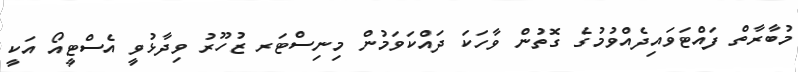
މުބާރާތް ފައްޓަވައިދެއްވުމުގެ ގޮތުން ވާހަކަ ދައްކަވަމުން މިނިސްޓަރ ޒުހޫރު ވިދާޅުވީ އެސްޓީއޯ އަކީ